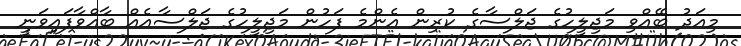
މިއަދު ބޭއްވި މަޖިލީހުގެ ޖަލްސާގެ ކުރިން އެންމެ ފަހުން މަޖިލީހުގެ ޖަލްސާއެއް ބާއްވާފައިވަނީ